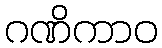
ဂဏိကာဝ